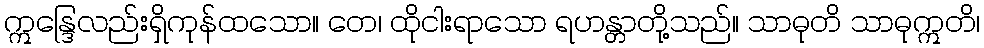
ဣန္ဒြေလည်းရှိကုန်ထသော။ တေ၊ ထိုငါးရာသော ရဟန္တာတို့သည်။ သာဓုတိ သာဓုဣတိ၊